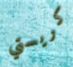
كريستي